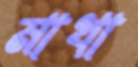
মাখা